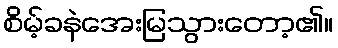
စိမ့်ခနဲအေးမြသွားတော့၏။